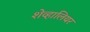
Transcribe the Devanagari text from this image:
शेव्हालियर